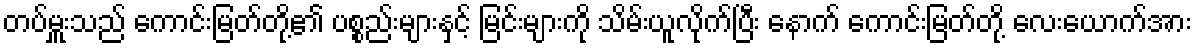
တပ်မှူးသည် ကောင်းမြတ်တို့၏ ပစ္စည်းများနှင့် မြင်းများကို သိမ်းယူလိုက်ပြီး နောက် ကောင်းမြတ်တို့ လေးယောက်အား